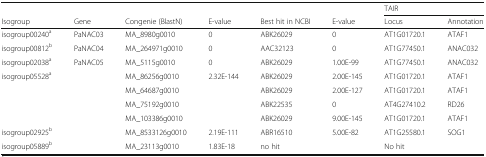
<table><thead><tr><td></td><td></td><td></td><td></td><td></td><td></td><td colspan="2"><b>TAIR</b></td></tr><tr><td><b>Isogroup</b></td><td><b>Gene</b></td><td><b>Congenie (BlastN)</b></td><td><b>E-value</b></td><td><b>Best hit in NCBI</b></td><td><b>E-value</b></td><td><b>Locus</b></td><td><b>Annotation</b></td></tr></thead><tbody><tr><td>isogroup00240<sup>a</sup></td><td>PaNAC03</td><td>MA_8980g0010</td><td>0</td><td>ABK26029</td><td>0</td><td>AT1G01720.1</td><td>ATAF1</td></tr><tr><td>isogroup00812<sup>b</sup></td><td>PaNAC04</td><td>MA_264971g0010</td><td>0</td><td>AAC32123</td><td>0</td><td>AT1G77450.1</td><td>ANAC032</td></tr><tr><td>isogroup02038<sup>a</sup></td><td>PaNAC05</td><td>MA_5115g0010</td><td>0</td><td>ABK26029</td><td>1.00E-99</td><td>AT1G77450.1</td><td>ANAC032</td></tr><tr><td>isogroup05528<sup>a</sup></td><td></td><td>MA_86256g0010</td><td>2.32E-144</td><td>ABK26029</td><td>2.00E-145</td><td>AT1G01720.1</td><td>ATAF1</td></tr><tr><td></td><td></td><td>MA_64687g0010</td><td></td><td>ABK26029</td><td>2.00E-127</td><td>AT1G01720.1</td><td>ATAF1</td></tr><tr><td></td><td></td><td>MA_75192g0010</td><td></td><td>ABK22535</td><td>0</td><td>AT4G27410.2</td><td>RD26</td></tr><tr><td></td><td></td><td>MA_103386g0010</td><td></td><td>ABK26029</td><td>9.00E-145</td><td>AT1G01720.1</td><td>ATAF1</td></tr><tr><td>isogroup02925<sup>b</sup></td><td></td><td>MA_8533126g0010</td><td>2.19E-111</td><td>ABR16510</td><td>5.00E-82</td><td>AT1G25580.1</td><td>SOG1</td></tr><tr><td>isogroup05889<sup>b</sup></td><td></td><td>MA_23113g0010</td><td>1.83E-18</td><td>no hit</td><td></td><td>No hit</td><td></td></tr></tbody></table>